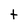
Character: t